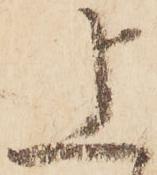
上